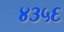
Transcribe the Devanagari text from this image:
४३५६